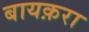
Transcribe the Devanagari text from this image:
बायक़रा